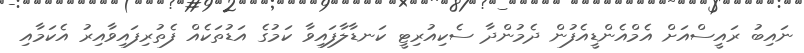
ނައިބު ރައީސްއަށް އެމްއެންޑީއެފުން ދެމުންދާ ސެކިއުރިޓީ ކަނޑާލާފައިވާ ކަމުގެ އަޑުތަކެއް ފެތުރިފައިވާއިރު އެކަމާއި